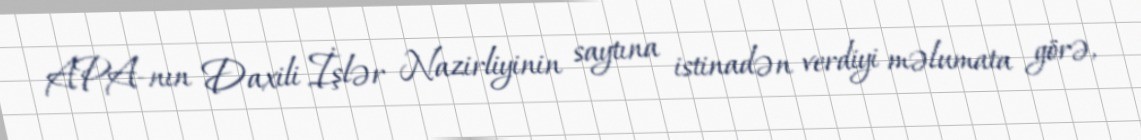
APA-nın Daxili İşlər Nazirliyinin saytına istinadən verdiyi məlumata görə,